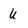
Character: u